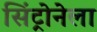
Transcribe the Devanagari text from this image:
सिंट्रोनेला